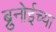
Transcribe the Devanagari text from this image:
ब्रुनोईच्या